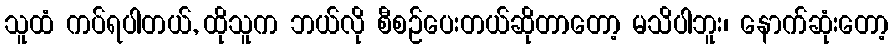
သူထံ ကပ်ရပါတယ်, ထိုသူက ဘယ်လို စီစဉ်ပေးတယ်ဆိုတာတော့ မသိပါဘူး၊ နောက်ဆုံးတော့